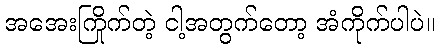
အအေးကြိုက်တဲ့ ငါ့အတွက်တော့ အံကိုက်ပါပဲ။